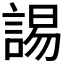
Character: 𧩎